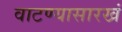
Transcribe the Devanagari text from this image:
वाटण्यासारखं